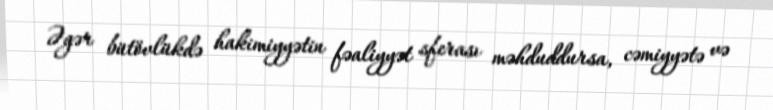
Əgər bütövlükdə hakimiyyətin fəaliyyət sferası məhduddursa, cəmiyyətə və